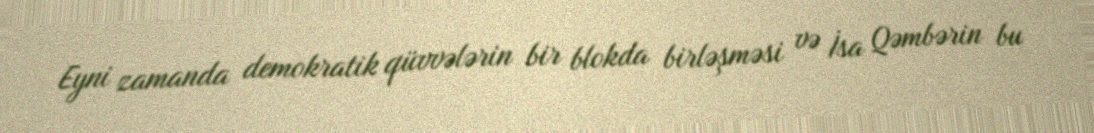
Eyni zamanda demokratik qüvvələrin bir blokda birləşməsi və İsa Qəmbərin bu